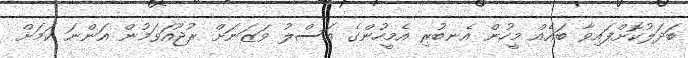
ބަދަލުކޮށްފައިވާ ބައެއް މީހުން އެނބުރި އެމީހުންގެ އަސްލު ވަޒަނަށް ރުޖޫއަވަމުން އަންނަ ކަމަށް